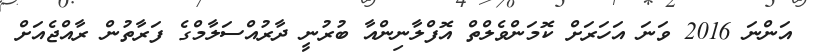
އަންނަ 2016 ވަނަ އަހަރަށް ކޮމަންވެލްތް އޮފްލާނިންއާ ބުރުނީ ދާރުއްސަލާމްގެ ފަރާތުން ރާއްޖެއަށް